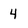
Character: 4